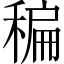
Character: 稨